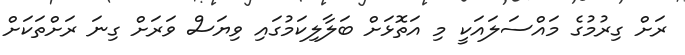
ރަށް ގިރުމުގެ މައްސަލައަކީ މި އަތޮޅަށް ބަލާލިކަމުގައި ވިޔަސް ވަރަށް ގިނަ ރަށްތަކަށް